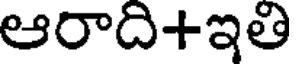
ఆరాది+ఇతి